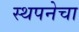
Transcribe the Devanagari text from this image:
स्थपनेचा